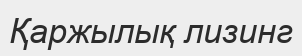
Қаржылық лизинг